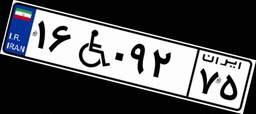
۲۸W۷۲۳۹۱